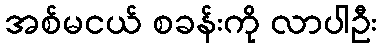
အစ်မငယ် စခန်းကို လာပါဦး